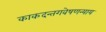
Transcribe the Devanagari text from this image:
काकदन्तगवेषणन्याय